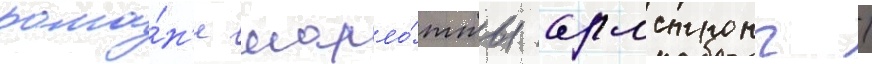
рома́н'е шарло́тты армстронг /